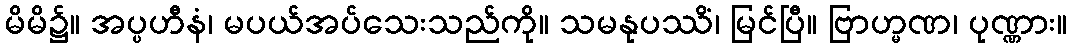
မိမိ၌။ အပ္ပဟီနံ၊ မပယ်အပ်သေးသည်ကို။ သမနုပဿိံ၊ မြင်ပြီ။ ဗြာဟ္မဏ၊ ပုဏ္ဏား။